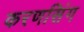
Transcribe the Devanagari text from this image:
करणसिंग